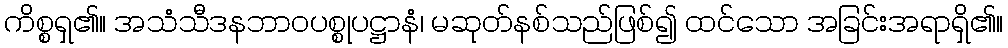
ကိစ္စရှ၏။ အသံသီဒနဘာဝပစ္စုပဋ္ဌာနံ၊ မဆုတ်နစ်သည်ဖြစ်၍ ထင်သော အခြင်းအရာရှိ၏။